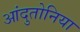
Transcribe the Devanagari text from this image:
आंदुतोनिया